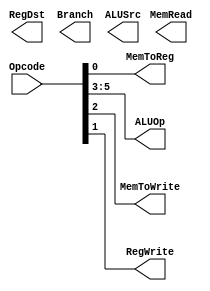
module UnidadControl(
	input [5:0]Opcode,
	output reg RegDst,
	output reg Branch,
	output reg MemRead,
	output reg MemToReg,
	output reg [2:0]ALUOp,
	output reg MemToWrite,
	output reg ALUSrc,
	output reg RegWrite
	);

	always@*
		begin
			MemToReg = Opcode[0:0];
			RegWrite = Opcode[1:1];
			MemToWrite = Opcode[2:2];
			ALUOp = Opcode[5:3];
		end
endmodule